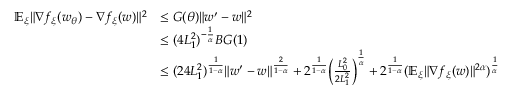
\begin{array} { r l } { \mathbb { E } _ { \xi } \| \nabla f _ { \xi } ( w _ { \theta } ) - \nabla f _ { \xi } ( w ) \| ^ { 2 } } & { \le G ( \theta ) \| w ^ { \prime } - w \| ^ { 2 } } \\ & { \le ( 4 L _ { 1 } ^ { 2 } ) ^ { - \frac { 1 } { \alpha } } B G ( 1 ) } \\ & { \le ( 2 4 L _ { 1 } ^ { 2 } ) ^ { \frac { 1 } { 1 - \alpha } } \| w ^ { \prime } - w \| ^ { \frac { 2 } { 1 - \alpha } } + 2 ^ { \frac { 1 } { 1 - \alpha } } \Big ( \frac { L _ { 0 } ^ { 2 } } { 2 L _ { 1 } ^ { 2 } } \Big ) ^ { \frac { 1 } { \alpha } } + 2 ^ { \frac { 1 } { 1 - \alpha } } ( \mathbb { E } _ { \xi } \| \nabla f _ { \xi } ( w ) \| ^ { 2 \alpha } ) ^ { \frac { 1 } { \alpha } } } \end{array}